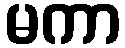
မကာ